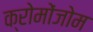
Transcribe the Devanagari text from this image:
क्रोमोंजोम